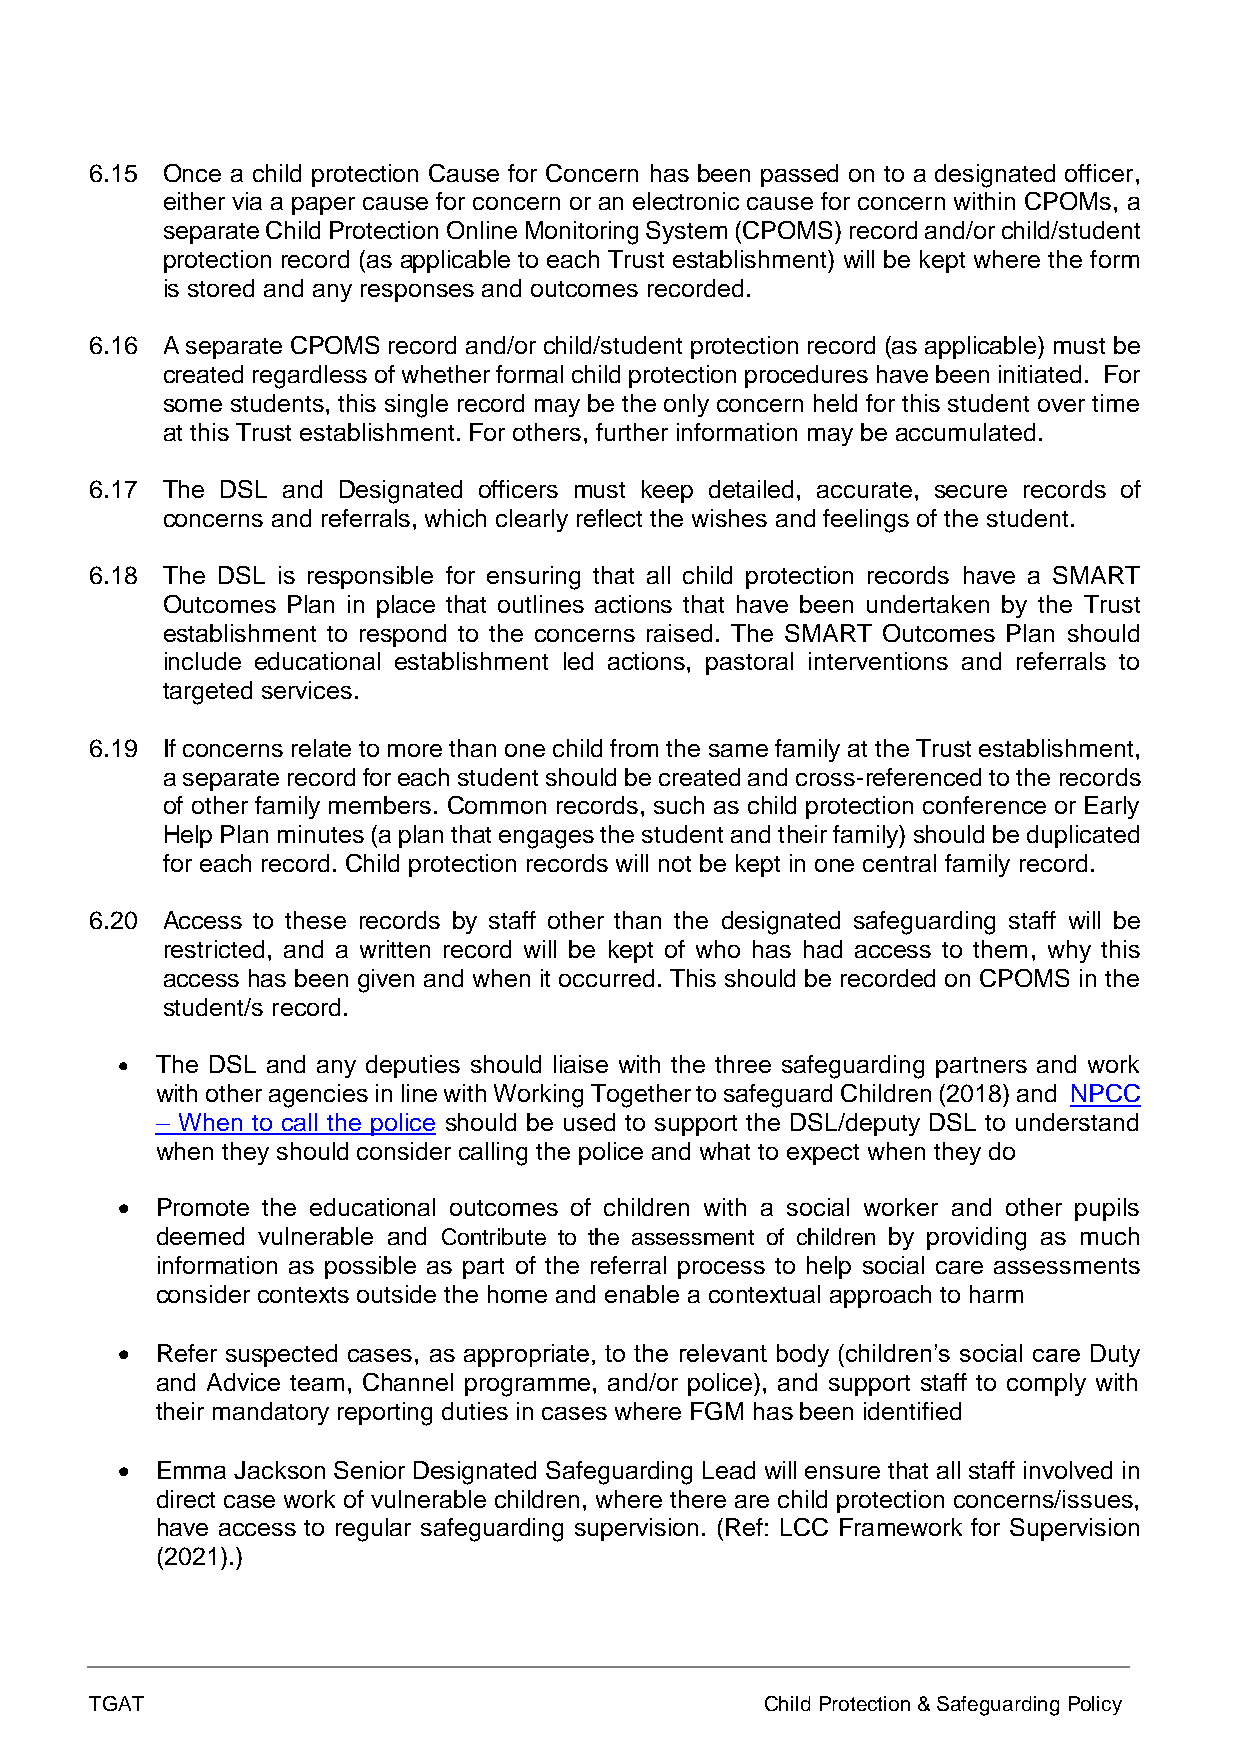
6.15 Once a child protection Cause for Concern has been passed on to a designated officer,
 either via a paper cause for concern or an electronic cause for concern within CPOMs, a
 separate Child Protection Online Monitoring System (CPOMS) record and/or child/student
 protection record (as applicable to each Trust establishment) will be kept where the form
 is stored and any responses and outcomes recorded.
 6.16 A separate CPOMS record and/or child/student protection record (as applicable) must be
 created regardless of whether formal child protection procedures have been initiated. For
 some students, this single record may be the only concern held for this student over time
 at this Trust establishment. For others, further information may be accumulated.
 6.17 The DSL and Designated officers must keep detailed, accurate, secure records of
 concerns and referrals, which clearly reflect the wishes and feelings of the student.
 6.18 The DSL is responsible for ensuring that all child protection records have a SMART
 Outcomes Plan in place that outlines actions that have been undertaken by the Trust
 establishment to respond to the concerns raised. The SMART Outcomes Plan should
 include educational establishment led actions, pastoral interventions and referrals to
 targeted services.
 6.19 If concerns relate to more than one child from the same family at the Trust establishment,
 a separate record for each student should be created and cross-referenced to the records
 of other family members. Common records, such as child protection conference or Early
 Help Plan minutes (a plan that engages the student and their family) should be duplicated
 for each record. Child protection records will not be kept in one central family record.
 6.20 Access to these records by staff other than the designated safeguarding staff will be
 restricted, and a written record will be kept of who has had access to them, why this
 access has been given and when it occurred. This should be recorded on CPOMS in the
 student/s record.
 • The DSL and any deputies should liaise with the three safeguarding partners and work
 with other agencies in line with Working Together to safeguard Children (2018) and NPCC
 – When to call the police should be used to support the DSL/deputy DSL to understand
 when they should consider calling the police and what to expect when they do
 • Promote the educational outcomes of children with a social worker and other pupils
 deemed vulnerable and Contribute to the assessment of children by providing as much
 information as possible as part of the referral process to help social care assessments
 consider contexts outside the home and enable a contextual approach to harm
 • Refer suspected cases, as appropriate, to the relevant body (children’s social care Duty
 and Advice team, Channel programme, and/or police), and support staff to comply with
 their mandatory reporting duties in cases where FGM has been identified
 • Emma  Jackson Senior Designated Safeguarding Lead will ensure that all staff involved in
 direct case work of vulnerable children, where there are child protection concerns/issues,
 have access to regular safeguarding supervision. (Ref: LCC Framework for Supervision
 (2021).)
 TGAT                                         Child Protection & Safeguarding Policy